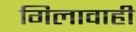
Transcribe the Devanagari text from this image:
गिलावाही